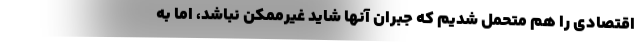
اقتصادی را هم متحمل شدیم که جبران آنها شاید غیرممکن نباشد، اما به